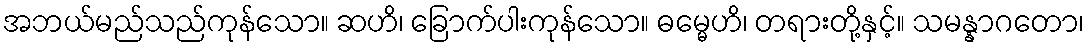
အဘယ်မည်သည်ကုန်သော။ ဆဟိ၊ ခြောက်ပါးကုန်သော။ ဓမ္မေဟိ၊ တရားတို့နှင့်။ သမန္နာဂတော၊